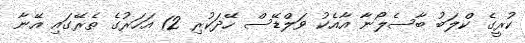
ކުރީގެ ކްލަބު ބާސެލޯނާ އާއެކު ވަލްޑޭސް ހޭދަކުރި 12 އަހަރުގެ ތެރޭގައި އޭނާ